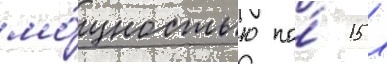
мо́щностью по́ 15 л